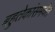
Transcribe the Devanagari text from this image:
बहुतेकांसमवेत